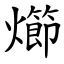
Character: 㸅